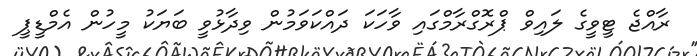
ރާއްޖެ ޓީވީގެ ލައިވް ޕްރޮގްރާމްގައި ވާހަކަ ދައްކަވަމުން ވިދާޅުވީ ބަޔަކު މީހުން އެމްޑީޕީ